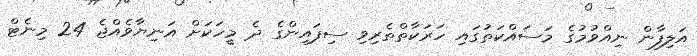
އަލިފާން ނިއްވުމުގެ މަސައްކަތުގައި ހަރަކާތްތެރިވި ސިފައިންގެ ދެ މީހަކަށް އަނިޔާވެއްޖެ 24 މިނެޓް